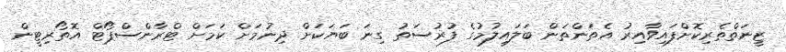
ޒީނަތްތެރިކޮށްފައިވާއިރު އެތަންތަން ބަލައިލުމުގެ ފުރުސަތު ގިނަ ބަޔަކަށް ދިނުމަށް ކަމަށް ޓްރާންސްޕޯޓް އޮތޯރިޓީން